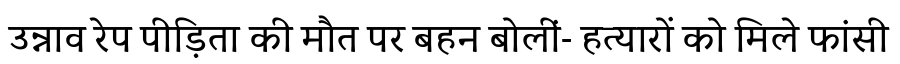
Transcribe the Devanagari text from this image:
उन्नाव रेप पीड़िता की मौत पर बहन बोलीं- हत्यारों को मिले फांसी